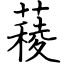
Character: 薐